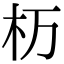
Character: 杤